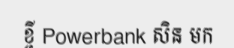
ខ្ចី Powerbank សិន មក